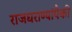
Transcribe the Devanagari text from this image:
राजघराण्यांपैकी